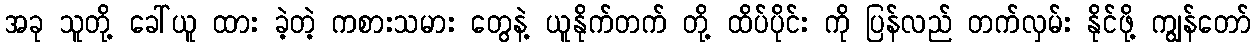
အခု သူတို့ ခေါ်ယူ ထား ခဲ့တဲ့ ကစားသမား တွေနဲ့ ယူနိုက်တက် တို့ ထိပ်ပိုင်း ကို ပြန်လည် တက်လှမ်း နိုင်ဖို့ ကျွန်တော်